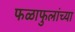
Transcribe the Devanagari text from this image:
फळाफुलांच्या